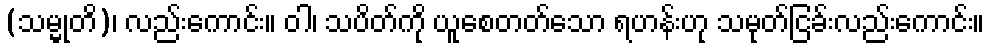
(သမ္မုတိ)၊ လည်းကောင်း။ ဝါ၊ သပိတ်ကို ယူစေတတ်သော ရဟန်းဟု သမုတ်ငြခ်းလည်းကောင်း။